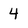
Character: 4